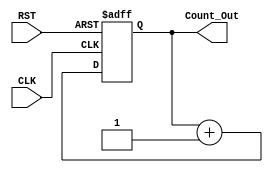
module Counter_Asyn_RST(
	input							CLK,
	input							RST,
	output	reg	[7:0]		Count_Out
);

always @(posedge CLK or posedge RST)
begin
	if (RST)
		Count_Out <= 8'b00000000;
	else
		Count_Out <= Count_Out + 1'b1;
end

endmodule